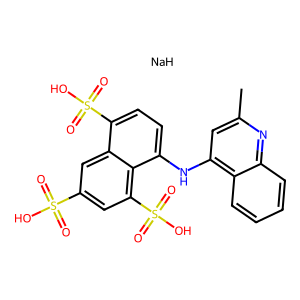
SMILES: Cc1cc(Nc2ccc(S(=O)(=O)O)c3cc(S(=O)(=O)O)cc(S(=O)(=O)O)c23)c2ccccc2n1.[NaH]
Inhibits HIV replication: No